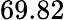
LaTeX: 69.82